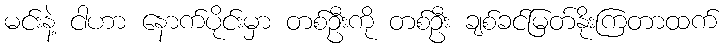
မင်းနဲ့ ငါဟာ နောက်ပိုင်းမှာ တစ်ဦးကို တစ်ဦး ချစ်ခင်မြတ်နိုးကြတာထက်